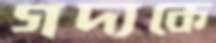
গদ্যকে